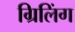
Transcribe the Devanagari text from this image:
ग्रिलिंग